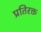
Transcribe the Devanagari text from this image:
प्रतिरक्त